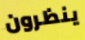
ينظرون